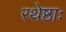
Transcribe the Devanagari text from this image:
रथेष्ठाः